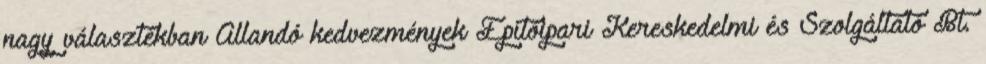
nagy választékban Állandó kedvezmények Építõipari Kereskedelmi és Szolgáltató Bt.